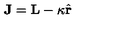
\mathbf { J } = \mathbf { L } - \kappa \hat { \mathbf { r } }